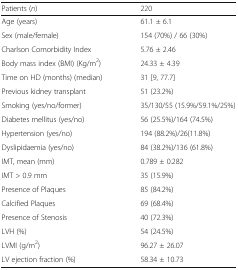
| Patients (n) | 220 |
 | --- | --- |
 | Age (years) | 61.1 ± 6.1 |
 | Sex (male/female) | 154 (70%) / 66 (30%) |
 | Charlson Comorbidity Index | 5.76 ± 2.46 |
 | Body mass index (BMI) (Kg/m2) | 24.33 ± 4.39 |
 | Time on HD (months) (median) | 31 [9, 77.7] |
 | Previous kidney transplant | 51 (23.2%) |
 | Smoking (yes/no/former) | 35/130/55 (15.9%/59.1%/25%) |
 | Diabetes mellitus (yes/no) | 56 (25.5%)/164 (74.5%) |
 | Hypertension (yes/no) | 194 (88.2%)/26(11.8%) |
 | Dyslipidaemia (yes/no) | 84 (38.2%)/136 (61.8%) |
 | IMT, mean (mm) | 0.789 ± 0.282 |
 | IMT > 0.9 mm | 35 (15.9%) |
 | Presence of Plaques | 85 (84.2%) |
 | Calcified Plaques | 69 (68.4%) |
 | Presence of Stenosis | 40 (72.3%) |
 | LVH (%) | 54 (24.5%) |
 | LVMI (g/m2) | 96.27 ± 26.07 |
 | LV ejection fraction (%) | 58.34 ± 10.73 |